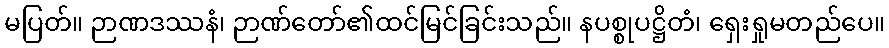
မပြတ်။ ဉာဏဒဿနံ၊ ဉာဏ်တော်၏ထင်မြင်ခြင်းသည်။ နပစ္စုပဋ္ဌိတံ၊ ရှေးရှုမတည်ပေ။